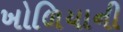
ખોળિયાની